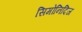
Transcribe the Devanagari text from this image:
सिमोनिदिज